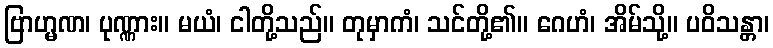
ဗြာဟ္မဏ၊ ပုဏ္ဏား။ မယံ၊ ငါတို့သည်။ တုမှာကံ၊ သင်တို့၏။ ဂေဟံ၊ အိမ်သို့။ ပဝိသန္တာ၊